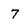
Character: 7